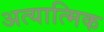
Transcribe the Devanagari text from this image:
अत्यात्मिक